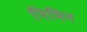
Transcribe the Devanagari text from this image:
निमिन